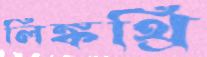
লিঙ্কথ্রি